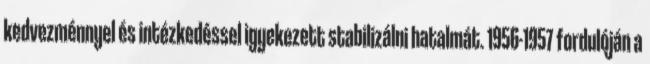
kedvezménnyel és intézkedéssel igyekezett stabilizálni hatalmát. 1956-1957 fordulóján a